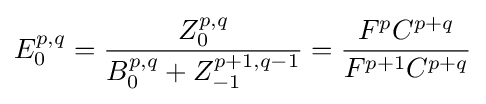
E_{0}^{p,q}={\frac {Z_{0}^{p,q}}{B_{0}^{p,q}+Z_{-1}^{p+1,q-1}}}={\frac {F^{p}C^{p+q}}{F^{p+1}C^{p+q}}}